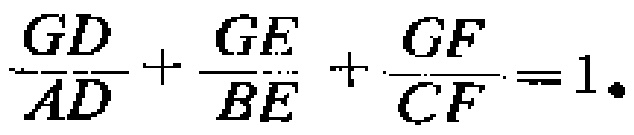
\(\frac{GD}{AD}+\frac{GE}{BE}+\frac{GF}{CF}=1.\)